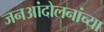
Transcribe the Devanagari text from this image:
जनआंदोलनांच्या